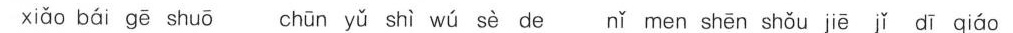
xiǎo bái gē shuō chūn yǔ shì wú sè de nǐ men shēn shǒu jē ǐ dī qiáo